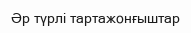
Әр түрлі тартажонғыштар